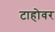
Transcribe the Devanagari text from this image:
टाहोवर